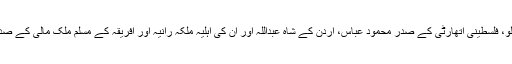
ریلی میں ترکی کے وزیرِاعظم احمد اوغلو، فلسطینی اتھارٹی کے صدر محمود عباس، اردن کے شاہ عبداللہ اور ان کی اہلیہ ملکہ رانیہ اور افریقہ کے مسلم ملک مالی کے صدر ابراہیم بوباکار کیٹا بھی شریک ہوئے۔